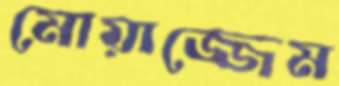
মোয়াজ্জেম